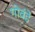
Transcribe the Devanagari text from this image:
गोवंडे